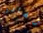
تغادر